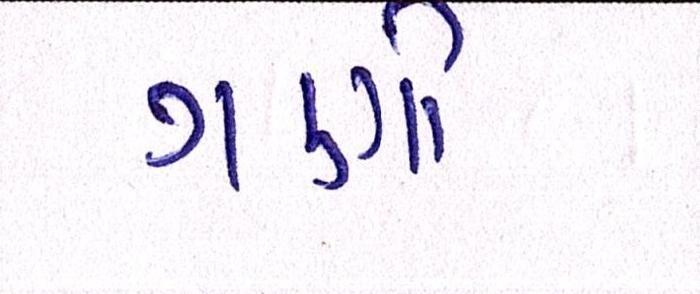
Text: ગણી